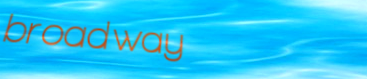
broadway